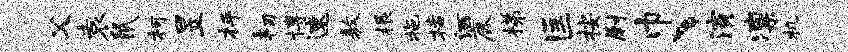
父袁鼠柯昱枰韧博速敖根拖栝洒鹿梯匡按尉巾、演凛机